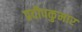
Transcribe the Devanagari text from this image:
प्रदीपकुमार